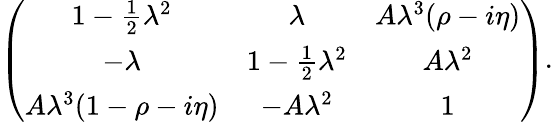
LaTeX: \left(\begin{array}{ccc}{{1-\frac{1}{2}\lambda^{2}}}&{{\lambda}}&{{A\lambda^{3}(\rho-i\eta)}}\\ {{-\lambda}}&{{1-\frac{1}{2}\lambda^{2}}}&{{A\lambda^{2}}}\\ {{A\lambda^{3}(1-\rho-i\eta)}}&{{-A\lambda^{2}}}&{{1}}\end{array}\right).